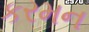
કરમન